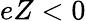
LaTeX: eZ<0